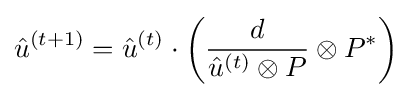
{\hat {u}}^{(t+1)}={\hat {u}}^{(t)}\cdot \left({\frac {d}{{\hat {u}}^{(t)}\otimes P}}\otimes P^{*}\right)